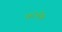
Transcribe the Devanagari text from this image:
७०२७